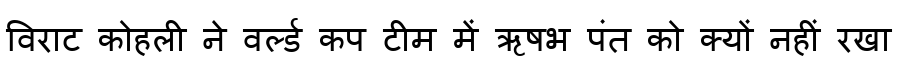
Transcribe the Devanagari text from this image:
विराट कोहली ने वर्ल्ड कप टीम में ऋषभ पंत को क्यों नहीं रखा